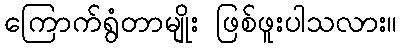
ကြောက်ရွံတာမျိုး ဖြစ်ဖူးပါသလား။